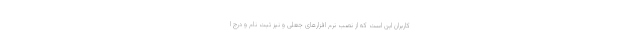
کاربران این است که از نصب نرم افزارهای جعلی و نیز ثبت نام و درج ا